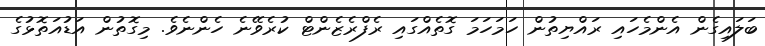
ބަލައިގެން އެންމެހައި ރައްޔިތުން ހަމަހަމަ ގޮތެއްގައި ރެފްރެޒެންޓް ކުރެވޭނެ ހެންނެވެ. މިގޮތުން އަޑުއަތޮޅުގެ